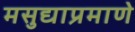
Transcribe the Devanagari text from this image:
मसुद्याप्रमाणे